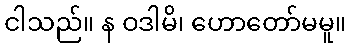
ငါသည်။ န ဝဒါမိ၊ ဟောတော်မမူ။